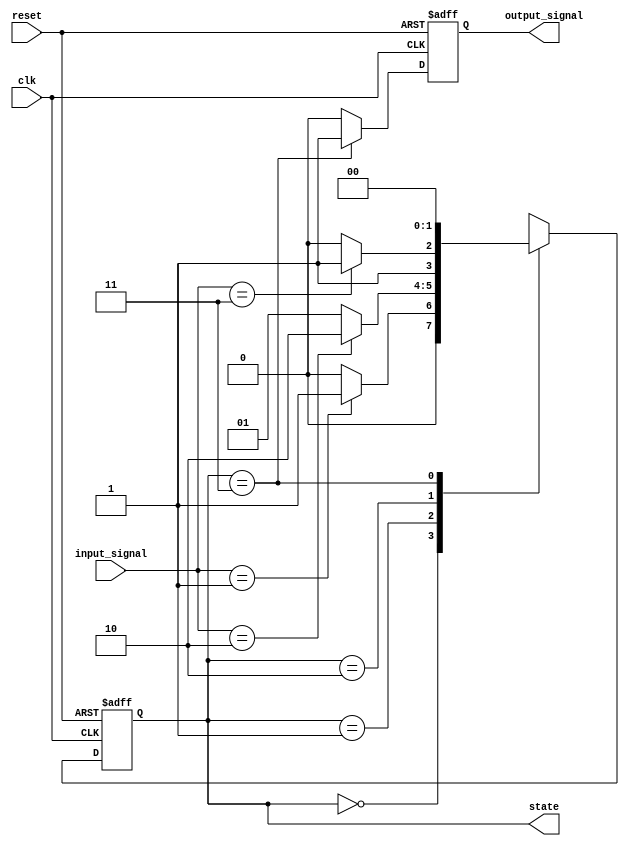
module sequential_logic (
    input wire clk,          // Clock signal
    input wire reset,        // Reset signal
    input wire [1:0] input_signal, // Example input signals
    output reg [1:0] state,  // Current state
    output reg output_signal  // Example output signal
);

// State encoding
parameter STATE_0 = 2'b00;
parameter STATE_1 = 2'b01;
parameter STATE_2 = 2'b10;
parameter STATE_3 = 2'b11;

always @(posedge clk or posedge reset) begin
    if (reset) begin
        // Reset the state to STATE_0
        state <= STATE_0;
        output_signal <= 1'b0; // Initialize output signal
    end else begin
        // State transition logic
        case (state)
            STATE_0: begin
                if (input_signal == 2'b01) begin
                    state <= STATE_1;
                end else begin
                    state <= STATE_0; // Stay in STATE_0
                end
            end
            
            STATE_1: begin
                if (input_signal == 2'b10) begin
                    state <= STATE_2;
                end else begin
                    state <= STATE_1; // Stay in STATE_1
                end
            end
            
            STATE_2: begin
                if (input_signal == 2'b11) begin
                    state <= STATE_3;
                end else begin
                    state <= STATE_2; // Stay in STATE_2
                end
            end
            
            STATE_3: begin
                // Transition back to STATE_0 for this example
                state <= STATE_0;
            end
            
            default: state <= STATE_0; // Default case
        endcase
        
        // Output generation based on the current state
        output_signal <= (state == STATE_3) ? 1'b1 : 1'b0; // Example output logic
    end
end

endmodule